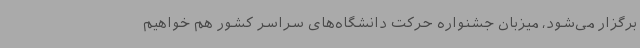
برگزار می‌شود، میزبان جشنواره حرکت دانشگاه‌های سراسر کشور هم خواهیم